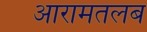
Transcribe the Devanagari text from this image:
आरामतलब